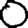
Digit: 0